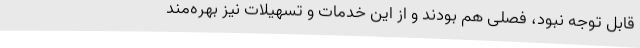
قابل توجه نبود، فصلی هم بودند و از این خدمات و تسهیلات نیز بهره‌مند